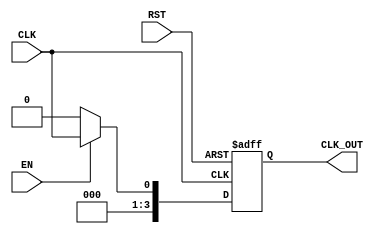
module ClockTreeBuffer #(
    parameter NUM_OUTPUTS = 4,           // Number of buffered clock outputs
    parameter DRIVE_STRENGTH = 2          // Drive strength (1: low, 2: medium, 3: high)
)(
    input wire CLK,                       // Primary clock input
    input wire EN,                        // Enable signal
    input wire RST,                       // Reset signal
    output reg [NUM_OUTPUTS-1:0] CLK_OUT // Buffered clock outputs
);

    // Internal signals
    reg [NUM_OUTPUTS-1:0] clk_buf;       // Buffer for clock outputs
    reg clk_en;                           // Enable for clock buffering

    // Drive strength configuration
    generate
        if (DRIVE_STRENGTH == 1) begin
            // Low drive strength buffer
            always @(*) begin
                clk_buf = (EN) ? CLK : 1'b0;
            end
        end else if (DRIVE_STRENGTH == 2) begin
            // Medium drive strength buffer
            always @(*) begin
                clk_buf = (EN) ? CLK : 1'b0;
            end
        end else if (DRIVE_STRENGTH == 3) begin
            // High drive strength buffer
            always @(*) begin
                clk_buf = (EN) ? CLK : 1'b0;
            end
        end
    endgenerate

    // Control logic for enable and reset
    always @(posedge CLK or posedge RST) begin
        if (RST) begin
            CLK_OUT <= {NUM_OUTPUTS{1'b0}}; // Reset all outputs to 0
        end else if (EN) begin
            CLK_OUT <= {NUM_OUTPUTS{clk_buf}}; // Drive outputs with buffered clock
        end else begin
            CLK_OUT <= {NUM_OUTPUTS{1'b0}}; // Disable outputs
        end
    end

endmodule